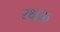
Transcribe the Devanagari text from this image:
रक्षक